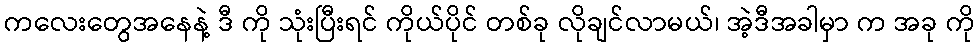
ကလေးတွေအနေနဲ့ ဒီ ကို သုံးပြီးရင် ကိုယ်ပိုင် တစ်ခု လိုချင်လာမယ်၊ အဲ့ဒီအခါမှာ က အခု ကို